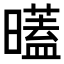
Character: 𣋞